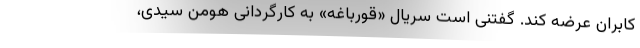
کابران عرضه کند. گفتنی است سریال «قورباغه» به کارگردانی هومن سیدی،